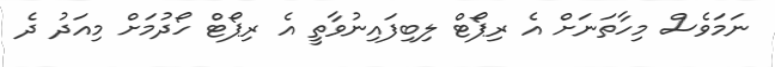
ނަމަވެސް މިހާތަނަށް އެ ރިޕޯޓް ލިބިފައިނުވާތީ އެ ރިޕޯޓް ހޯދުމަށް މިއަދު ދެ